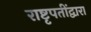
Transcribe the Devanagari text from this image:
राष्टृपतींद्वारा